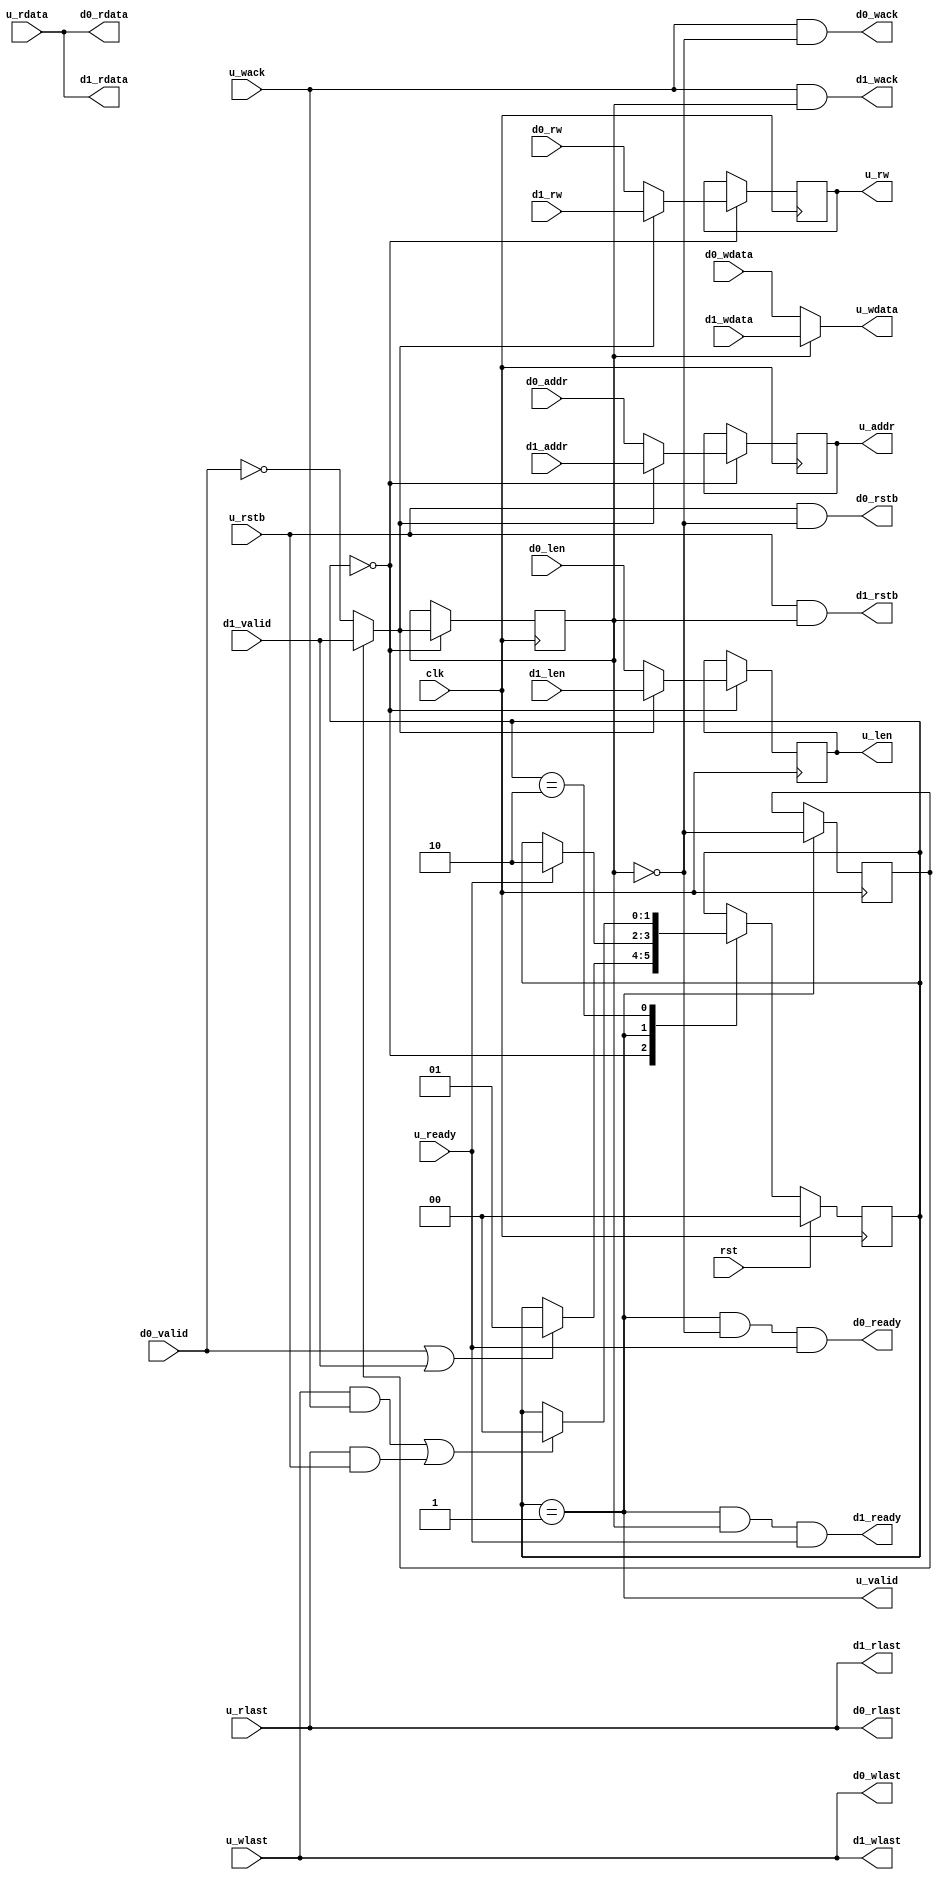
/*
 * memif_arb.v
 *
 * vim: ts=4 sw=4
 *
 * Copyright (C) 2021  Sylvain Munaut <tnt@246tNt.com>
 * SPDX-License-Identifier: CERN-OHL-P-2.0
 */

`default_nettype none

module memif_arb #(
	parameter integer AW = 22,
	parameter integer DW = 32,
	parameter WRITE_DISABLE = 2'b00,

	// auto-set
	parameter integer AL = AW - 1,
	parameter integer DL = DW - 1
)(
	// Upstream (to controller)
	output reg  [AL:0] u_addr,
	output reg  [ 6:0] u_len,
	output reg         u_rw,
	output wire        u_valid,
	input  wire        u_ready,

	output reg  [DL:0] u_wdata,
	input  wire        u_wack,
	input  wire        u_wlast,

	input  wire [DL:0] u_rdata,
	input  wire        u_rstb,
	input  wire        u_rlast,

	// Downstream 0
	input  wire [AL:0] d0_addr,
	input  wire [ 6:0] d0_len,
	input  wire        d0_rw,
	input  wire        d0_valid,
	output wire        d0_ready,

	input  wire [DL:0] d0_wdata,
	output wire        d0_wack,
	output wire        d0_wlast,

	output wire [DL:0] d0_rdata,
	output wire        d0_rstb,
	output wire        d0_rlast,

	// Downstream 1
	input  wire [AL:0] d1_addr,
	input  wire [ 6:0] d1_len,
	input  wire        d1_rw,
	input  wire        d1_valid,
	output wire        d1_ready,

	input  wire [DL:0] d1_wdata,
	output wire        d1_wack,
	output wire        d1_wlast,

	output wire [DL:0] d1_rdata,
	output wire        d1_rstb,
	output wire        d1_rlast,

	// Clock / Reset
	input  wire clk,
	input  wire rst
);

	// Signals
	// -------

	// FSM
	localparam [1:0]
		ST_IDLE = 0,
		ST_CMD  = 1,
		ST_WAIT = 2;

	reg  [1:0] state;
	reg  [1:0] state_nxt;

	// Mux control
	reg        mux_prio;
	reg        mux_sel;
	wire       mux_sel_nxt;


	// FSM & Control
	// -------------

	// State register
	always @(posedge clk)
		if (rst)
			state <= ST_IDLE;
		else
			state <= state_nxt;

	// Next state
	always @(*)
	begin
		// Default is no change
		state_nxt = state;

		// Transitions
		case (state)
			ST_IDLE:
				if (d0_valid | d1_valid)
					state_nxt = ST_CMD;

			ST_CMD:
				if (u_ready)
					state_nxt = ST_WAIT;

			ST_WAIT:
				if ((u_wlast & u_wack) | (u_rlast & u_rstb))
					state_nxt = ST_IDLE;
		endcase
	end


	// Command Mux
	// -----------

	// Valid
	assign u_valid = (state == ST_CMD);

	// Decide next
	assign mux_sel_nxt = mux_prio ? d1_valid : ~d0_valid;

	// Always register next when idle
	always @(posedge clk)
		if (state == ST_IDLE) begin
			// Mux select
			mux_sel <= mux_sel_nxt;

			// Command
			u_addr <= mux_sel_nxt ? d1_addr : d0_addr;
			u_len  <= mux_sel_nxt ? d1_len  : d0_len;
			u_rw   <= mux_sel_nxt ? d1_rw   : d0_rw;
		end

	// Accept command
	// (technically we already registered all the info so we don't need to
	// wait for u_ready but we need to raise ready for a single cycle)
	assign d0_ready = (state == ST_CMD) & (mux_sel == 1'b0) & u_ready;
	assign d1_ready = (state == ST_CMD) & (mux_sel == 1'b1) & u_ready;

	// Toggle priority
	always @(posedge clk)
		if (state == ST_CMD)
			mux_prio <= ~mux_sel;


	// Write Data mux
	// --------------

	// Data
	always @(*)
	begin
		u_wdata = 32'hxxxxxxxx;

		if ((mux_sel == 1'b0) & ~WRITE_DISABLE[0])
			u_wdata = d0_wdata;
		else if ((mux_sel == 1'b1) & ~WRITE_DISABLE[1])
			u_wdata = d1_wdata;
	end

	// Downstream 0
	assign d0_wack  = u_wack  & (mux_sel == 1'b0);
	assign d0_wlast = u_wlast;

	// Downstream 1
	assign d1_wack  = u_wack  & (mux_sel == 1'b1);
	assign d1_wlast = u_wlast;


	// Read Data mux
	// -------------

	// Downstream 0
	assign d0_rdata = u_rdata;
	assign d0_rstb  = u_rstb  & (mux_sel == 1'b0);
	assign d0_rlast = u_rlast;

	// Downstream 1
	assign d1_rdata = u_rdata;
	assign d1_rstb  = u_rstb  & (mux_sel == 1'b1);
	assign d1_rlast = u_rlast;

endmodule // memif_arb